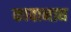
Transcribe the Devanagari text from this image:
कावानाघ